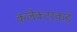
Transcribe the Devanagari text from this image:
कलेक्टरकडे